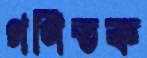
গণিতক